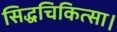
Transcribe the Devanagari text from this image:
सिद्धचिकित्सा।